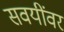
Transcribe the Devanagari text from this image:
सवयींवर